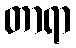
တာရာ